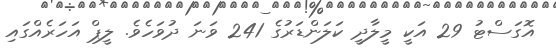
އޮގަސްޓު 29 އަކީ މީލާދީ ކަލަންޑަރުގެ 241 ވަނަ ދުވަހެވެ. ލީޕް އަހަރެއްގައި